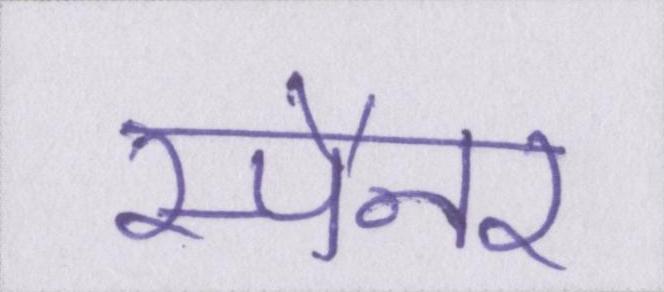
स्पैनर